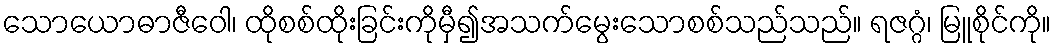
သောယောဓာဇီဝေါ၊ ထိုစစ်ထိုးခြင်းကိုမှီ၍အသက်မွေးသောစစ်သည်သည်။ ရဇဂ္ဂံ၊ မြူစိုင်ကို။